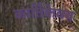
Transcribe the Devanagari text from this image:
कार्तिकेवय